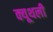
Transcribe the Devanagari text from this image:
क्यूथली